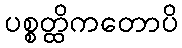
ပစ္စတ္ထိကတောပိ